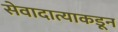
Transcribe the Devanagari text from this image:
सेवादात्याकडून